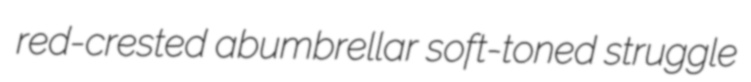
red-crested abumbrellar soft-toned struggle